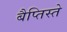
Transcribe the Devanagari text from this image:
बैप्तिस्ते